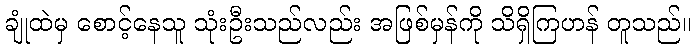
ချုံထဲမှ စောင့်နေသူ သုံးဦးသည်လည်း အဖြစ်မှန်ကို သိရှိကြဟန် တူသည်။